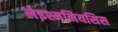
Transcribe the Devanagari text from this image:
लेइश्मनियसिस